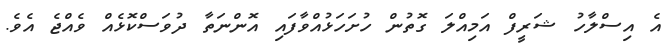
އެ އިސްލާހު ޝަރީފް އަމިއްލަ ގޮތުން ހުށަހަޅުއްވާފައި އޮންނަތާ ދުވަސްކޮޅެއް ވެއްޖެ އެވެ.